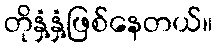
တိုနှံ့နှံ့ဖြစ်နေတယ်။